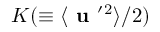
K ( \equiv \langle { { \textbf { u } } ^ { \prime } { } ^ { 2 } } \rangle / 2 )